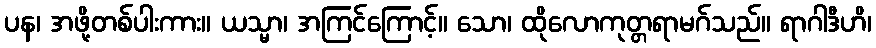
ပန၊ အဖို့တစ်ပါးကား။ ယသ္မာ၊ အကြင်ကြောင့်။ သော၊ ထိုလောကုတ္တရာမဂ်သည်။ ရာဂါဒီဟိ၊